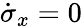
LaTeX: \dot{\sigma}_{x}=0